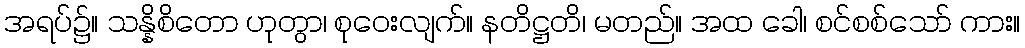
အရပ်၌။ သန္နိစိတော ဟုတွာ၊ စုဝေးလျက်။ နတိဋ္ဌတိ၊ မတည်။ အထ ခေါ၊ စင်စစ်သော် ကား။